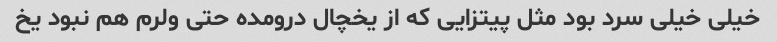
خیلی خیلی سرد بود مثل پیتزایی که از یخچال درومده حتی ولرم هم نبود یخ